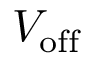
V _ { \mathrm { o f f } }